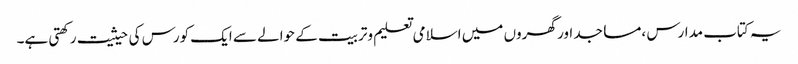
یہ کتاب مدارس ،مساجد اور گھروں میں اسلامی تعلیم وتربیت کے حوالے سے ایک کورس کی حیثیت رکھتی ہے۔